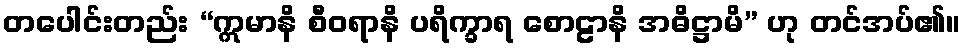
တပေါင်းတည်း “ဣမာနိ စီဝရာနိ ပရိက္ခာရ စောဠာနိ အဓိဋ္ဌာမိ” ဟု တင်အပ်၏။